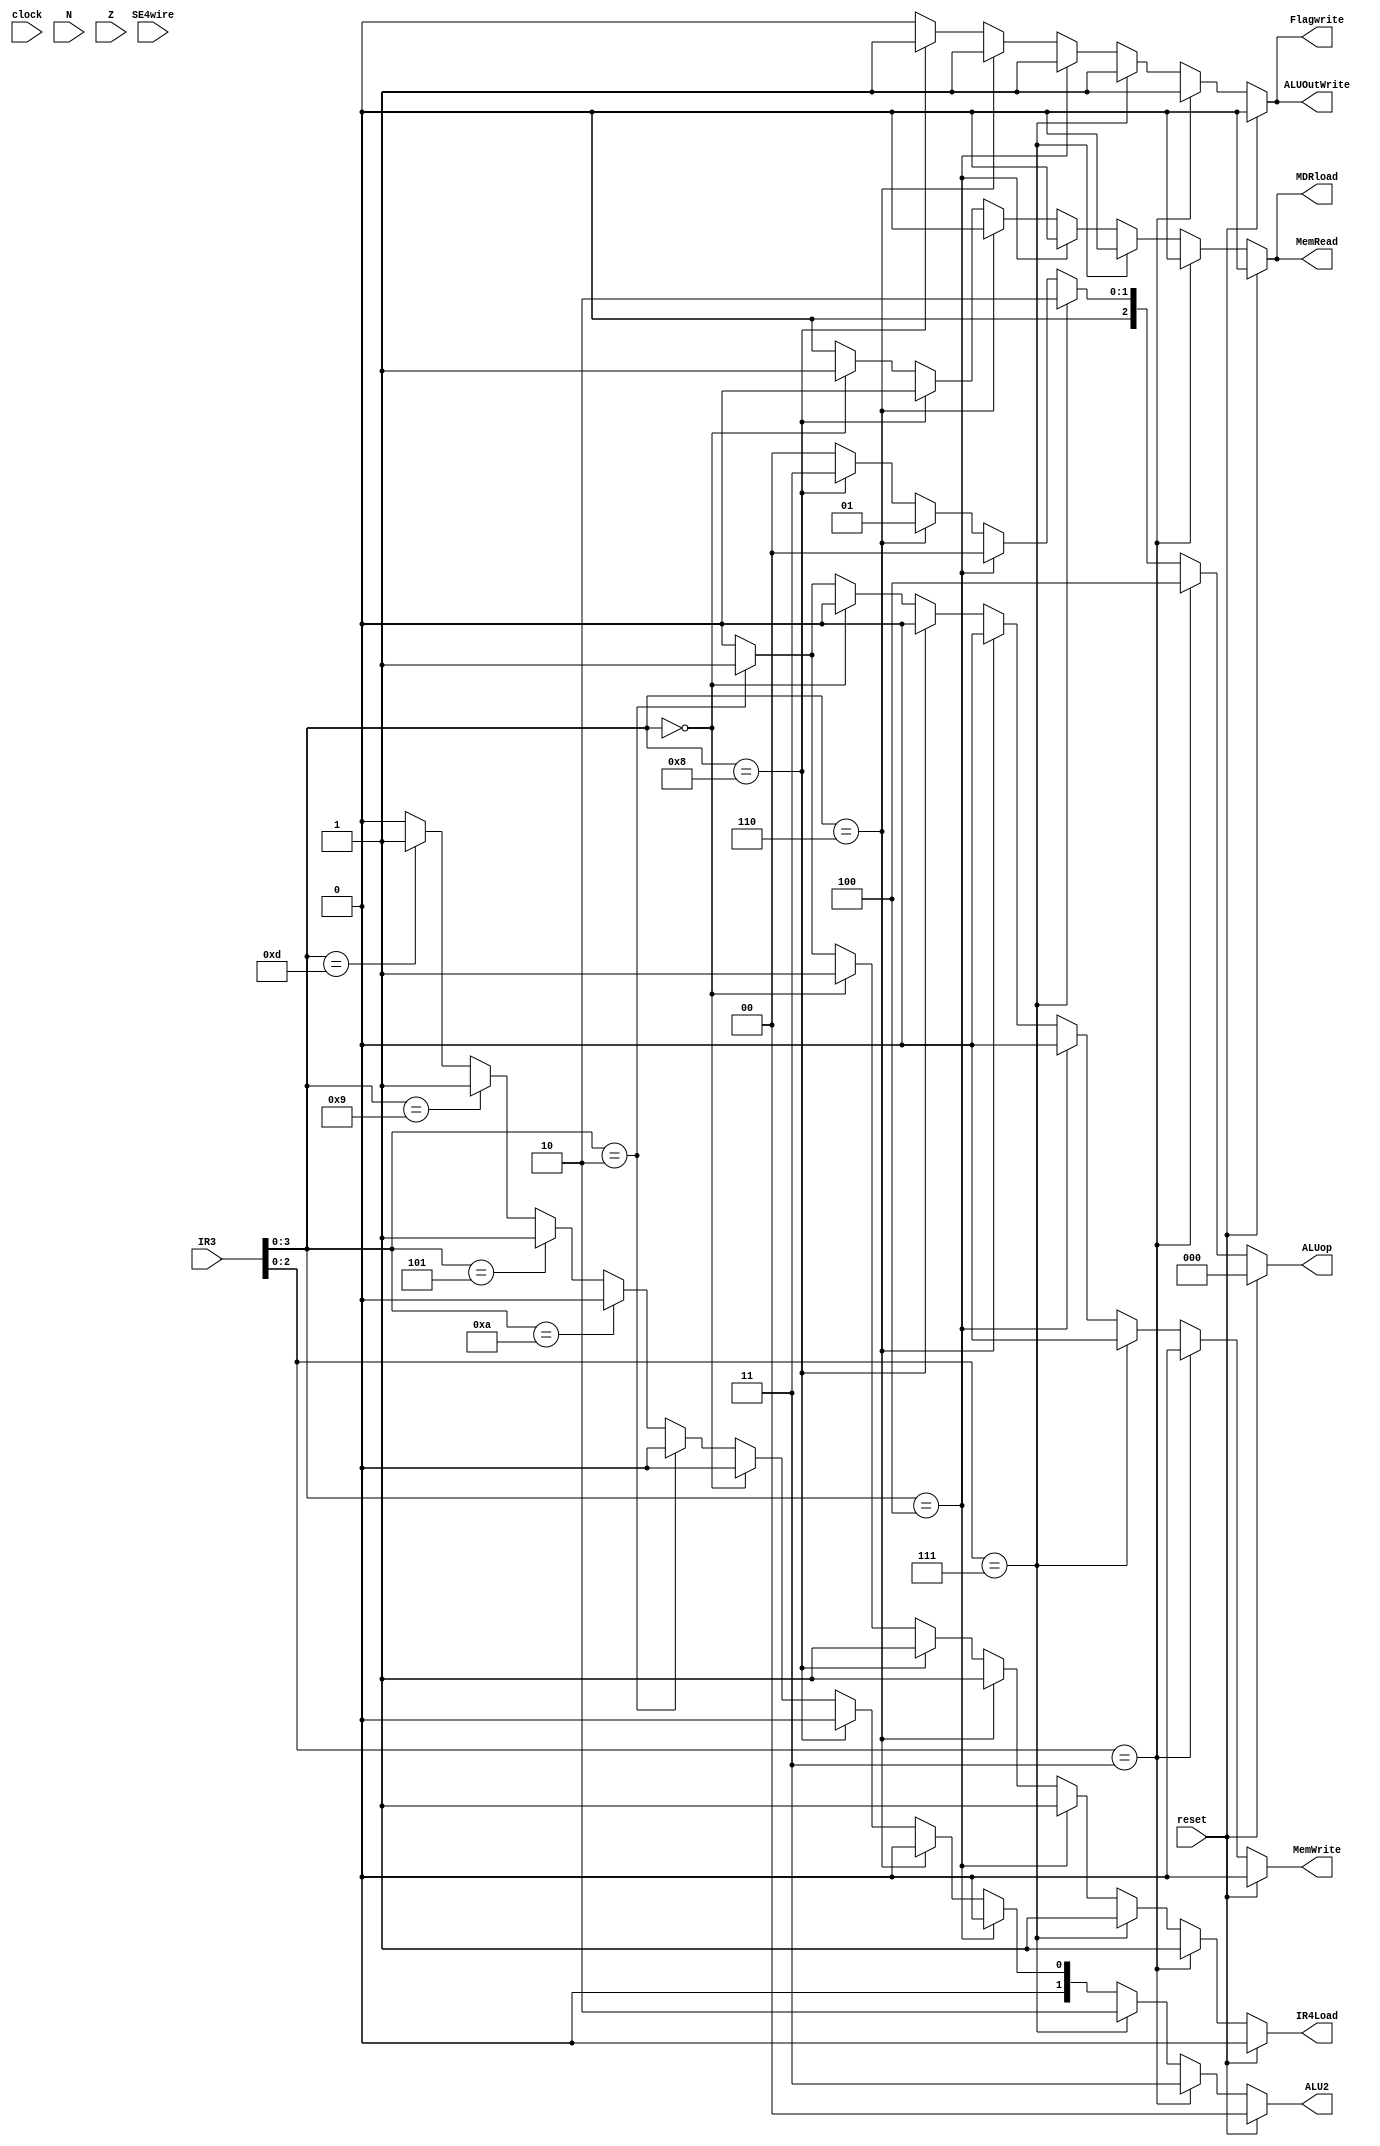
module EXControl
(
	clock, reset, IR3, IR4Load,
	ALUop, ALU2, Flagwrite,
	MemWrite, ALUOutWrite,
	MDRload, N, Z, 
	SE4wire, MemRead
);
	input clock, reset, N, Z;
	input [7:0]IR3, SE4wire;

	
	output MemRead;
	reg MemRead;
	


	output [2:0]ALUop;
	output [1:0]ALU2;
	output Flagwrite, MemWrite, ALUOutWrite, IR4Load, MDRload;

	
	reg [2:0]ALUop;
	reg [1:0]ALU2;
	reg Flagwrite, MemWrite, ALUOutWrite, IR4Load, MDRload;
	
	

	
	
	always@(*)
	begin
		if(reset)
		begin
			ALUop = 3'b000;
			ALU2 = 2'b00;
			ALUOutWrite = 0;
			Flagwrite = 0;
			MemWrite = 0;
			IR4Load = 0;
			MemRead = 0;
			MDRload = 0;

		end
		else if(IR3[2:0] == 3'b011) // shift
		begin
			ALUop = 3'b100;
			ALU2 = 2'b11;
			ALUOutWrite = 1;
			Flagwrite = 1;
			MemWrite = 0;
			IR4Load = 1;
			MemRead = 0;
			MDRload = 0;

		end
		else if(IR3[2:0] == 3'b111) // ori
		begin
			ALUop = 3'b010;
			ALU2 = 2'b10;
			ALUOutWrite = 1;
			Flagwrite = 1;
			MemWrite = 0;
			IR4Load = 1;
			MemRead = 0;
			MDRload = 0;

		end
		else if(IR3[3:0] == 4'b0100) // add
		begin
			ALUop = 3'b000;
			ALU2 = 2'b00;
			ALUOutWrite = 1;
			Flagwrite = 1;
			MemWrite = 0;
			IR4Load = 1;
			MemRead = 0;
			MDRload = 0;

		end
		else if(IR3[3:0] == 4'b0110) // sub
		begin
			ALUop = 3'b001;
			ALU2 = 2'b00;
			ALUOutWrite = 1;
			Flagwrite = 1;
			MemWrite = 0;
			IR4Load = 1;
			MemRead = 0;
			MDRload = 0;

		end
		else if(IR3[3:0] == 4'b1000) // nand
		begin
			ALUop = 3'b011;
			ALU2 = 2'b00;
			ALUOutWrite = 1;
			Flagwrite = 1;
			MemWrite = 0;
			IR4Load = 1;
			MemRead = 0;
			MDRload = 0;

		end
		else if(IR3[3:0] == 4'b0000) // load
		begin
			MemRead = 1;
			MDRload = 1;
			ALUop = 3'b000; // dont care here
			ALU2 = 2'b00;
			ALUOutWrite = 0;
			Flagwrite = 0;
			MemWrite = 0;
			IR4Load = 1;

		end
		else if(IR3[3:0] == 4'b0010) // store
		begin
			MemRead = 0;
			MDRload = 0;
			ALUop = 3'b000; // dont care here
			ALU2 = 2'b00;
			ALUOutWrite = 0;
			Flagwrite = 0;
			MemWrite = 1;
			IR4Load = 1;
		
		end
		else if(IR3[3:0] == 4'b1010)
		begin
			MemRead = 0;
			MDRload = 0;
			ALUop = 3'b000;
			ALU2 = 2'b00;
			ALUOutWrite = 0;
			Flagwrite = 0;
			MemWrite = 0;
			IR4Load = 0;
	
		end
		
		else if(IR3[3:0] == 4'b0101) //bz
		begin
			MemRead = 0;
			MDRload = 0;
			ALUop = 3'b000;
			ALU2 = 2'b01;
			ALUOutWrite = 0;
			Flagwrite = 0;
			MemWrite = 0;
			IR4Load = 0;	

		end
		
		else if(IR3[3:0] == 4'b1001) //bnz
		begin
			MemRead = 0;
			MDRload = 0;
			ALUop = 3'b000;
			ALU2 = 2'b01;
			ALUOutWrite = 0;
			Flagwrite = 0;
			MemWrite = 0;
			IR4Load = 0;

		end
		else if(IR3[3:0] == 4'b1101) //bpz
		begin
			MemRead = 0;
			MDRload = 0;
			ALUop = 3'b000;
			ALU2 = 2'b01;
			ALUOutWrite = 0;
			Flagwrite = 0;
			MemWrite = 0;
			IR4Load = 0;


		end
	
		else
		begin
			ALUop = 3'b000;
			ALU2 = 2'b00;
			ALUOutWrite = 0;
			Flagwrite = 0;
			MemWrite = 0;
			IR4Load = 0;
			MemRead = 0;
			MDRload = 0;

		end
	end
endmodule